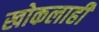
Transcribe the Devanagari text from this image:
खोकलाही